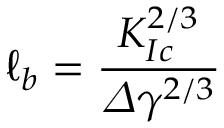
\ell _ { b } = \frac { K _ { I c } ^ { 2 / 3 } } { \varDelta \gamma ^ { 2 / 3 } }